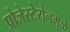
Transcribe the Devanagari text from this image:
प्रोजेस्टेरोनमुळे